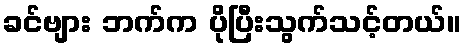
ခင်ဗျား ဘက်က ပိုပြီးသွက်သင့်တယ်။